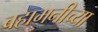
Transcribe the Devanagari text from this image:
बहामनीच्या